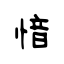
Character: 愔